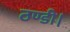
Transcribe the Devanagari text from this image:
ठण्डी।